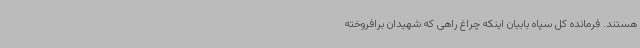
هستند. فرمانده کل سپاه بابیان اینکه چراغ راهی که شهیدان برافروخته